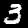
Digit: 3